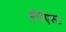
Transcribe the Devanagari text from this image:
हैपीएस्ट